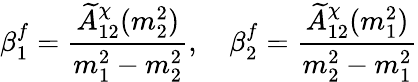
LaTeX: \beta_{1}^{f}={\frac{\widetilde A_{12}^{\chi}(m_{2}^{2})}{m_{1}^{2}-m_{2}^{2}}},\quad\beta_{2}^{f}={\frac{\widetilde A_{12}^{\chi}(m_{1}^{2})}{m_{2}^{2}-m_{1}^{2}}}